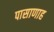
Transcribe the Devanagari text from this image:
पासाणाह